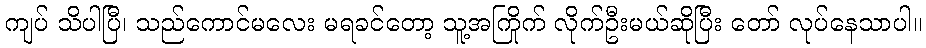
ကျပ် သိပါပြီ၊ သည်ကောင်မလေး မရခင်တော့ သူ့အကြိုက် လိုက်ဦးမယ်ဆိုပြီး တော် လုပ်နေသာပါ။